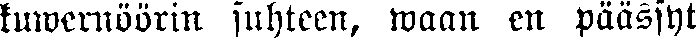
kuwernöörin suhteen, waan en päässyt